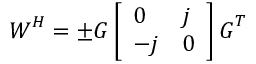
\boldsymbol { W } ^ { H } = \pm \boldsymbol { G } \left[ \begin{array} { l l } { 0 } & { j } \\ { - j } & { 0 } \end{array} \right] \boldsymbol { G } ^ { T }